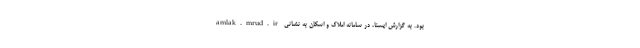
بود. به گزارش ایسنا، در سامانه املاک و اسکان به نشانی amlak.mrud.ir